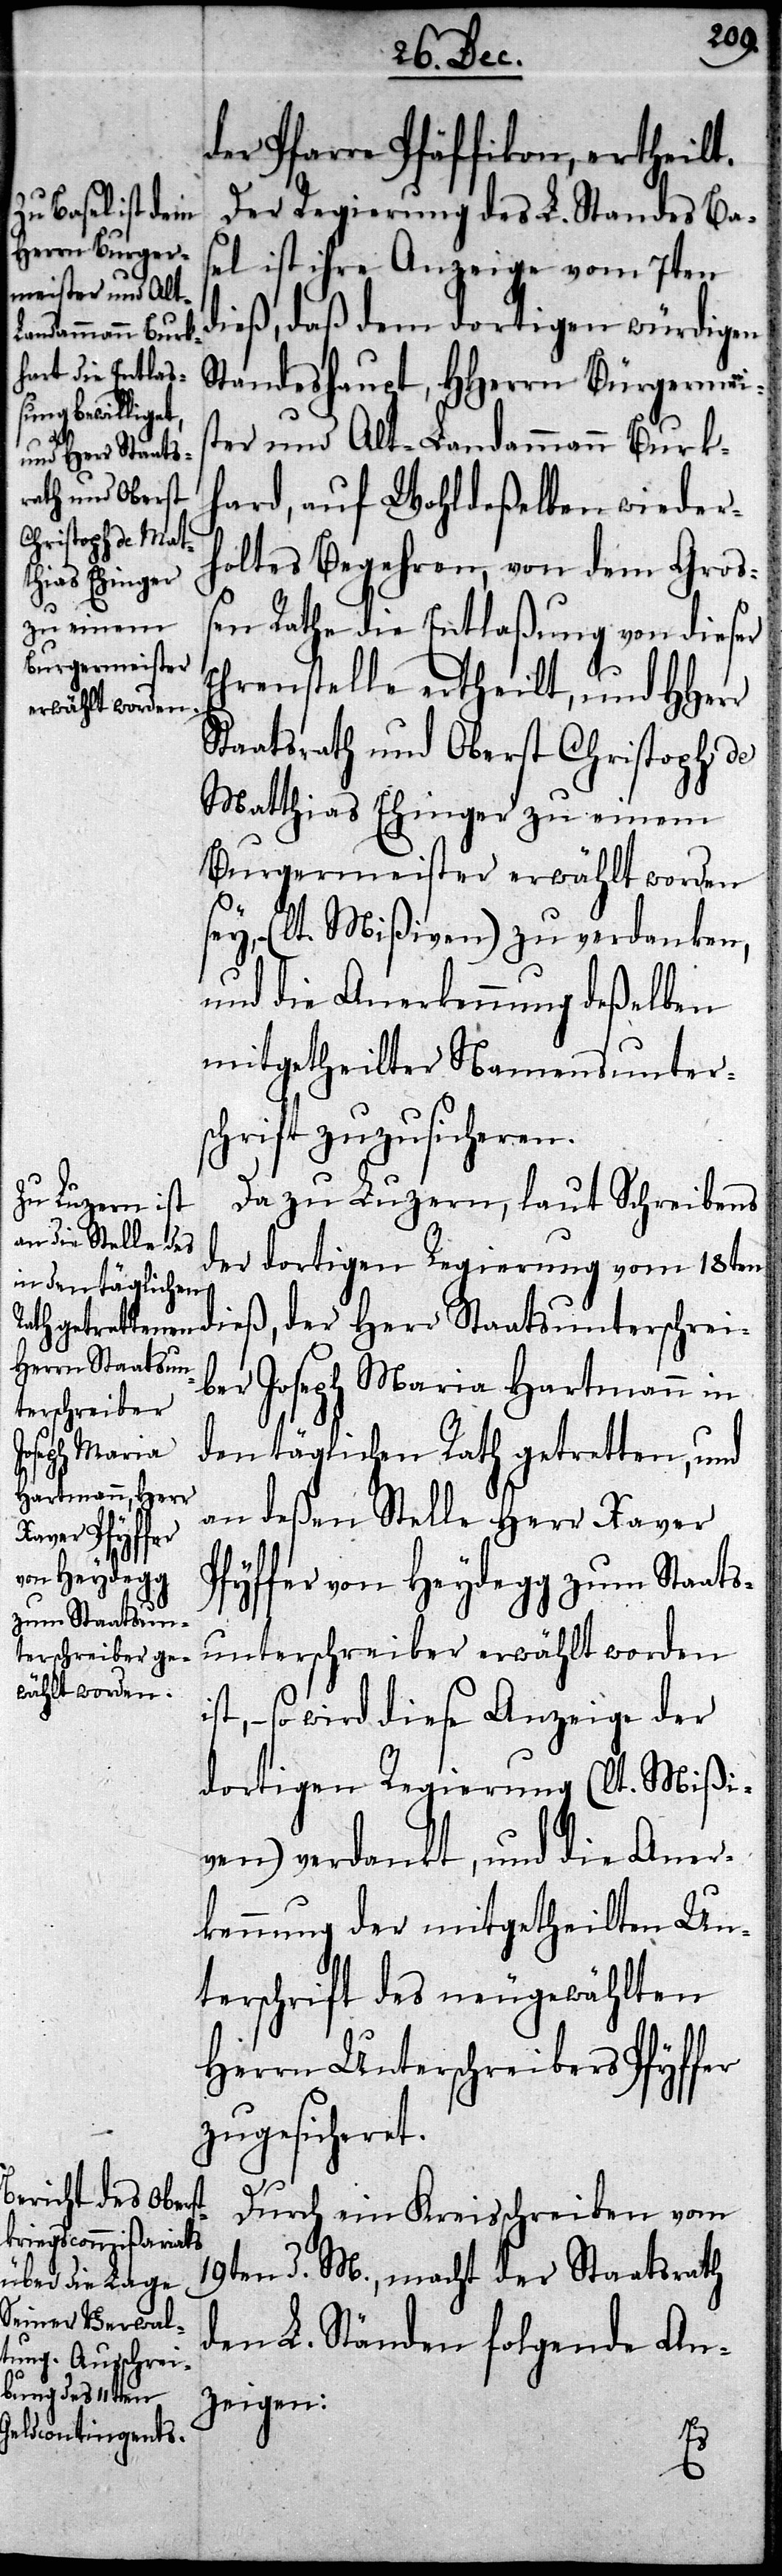
hard [si¬

der Pfarre Pfäffikon, ertheilt.
Der Regierung des L. Standes Ba¬
sel ist ihre Anzeige vom 7ten
dieß, daß dem dortigen würdigen
Standeshaupt, HHerrn Bürgermeis¬
ter und Alt-Landammann Burk¬
c!], auf Wohldeßelben wieder¬
holtes Begehren, von dem Groß¬
en Rath die Entlaßung von dieser
Ehrenstelle ertheilt, und HHerr
Staatsrath und Oberst Christoph de
Matthias Ehinger zu einem
Burgermeister erwählt worden
– (lt. Mißiven) zu verdanken,
und die Anerkennung deßelben
mitgetheilter Namensunter¬
schrift zuzusicheren.
Da zu Luzern, laut Schreibens
der dortigen Regierung vom 18ten
dieß, der Herr Staatsunterschrei¬
ber Joseph Maria Hartmann in
den täglichen Rath getretten, und
an deßen Stelle Herr Xaver
Pfyffer von Heydegg zum Staats¬
unterschreiber erwählt worden
– so wird diese Anzeige der
dortigen Regierung (lt. Mißi¬
ven) verdankt, und die Aner¬
kennung der mitgetheilten Un¬
terschrift des neugewählten
Herrn Unterschreibers Pfyffer
zugesicheret.
Durch ein Kreisschreiben vom
19ten d. M., macht der Staatsrath
den L. Ständen folgende An¬
zeigen: